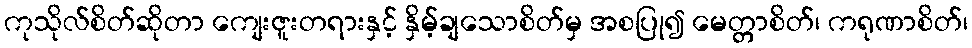
ကုသိုလ်စိတ်ဆိုတာ ကျေးဇူးတရားနှင့် နှိမ့်ချသောစိတ်မှ အစပြု၍ မေတ္တာစိတ်၊ ကရုဏာစိတ်၊